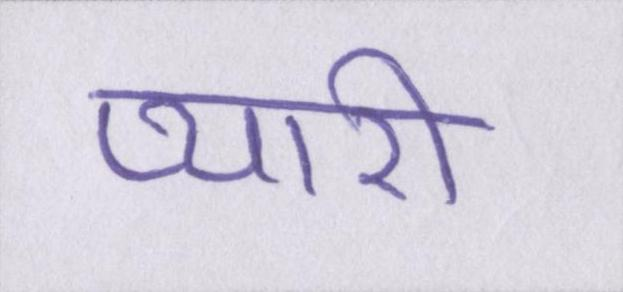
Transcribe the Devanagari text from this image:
प्यारी